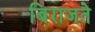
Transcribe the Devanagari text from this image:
बिराजते